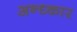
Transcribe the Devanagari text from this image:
अन्ध्कार